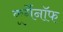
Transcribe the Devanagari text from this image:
कूर्गेनॉफ